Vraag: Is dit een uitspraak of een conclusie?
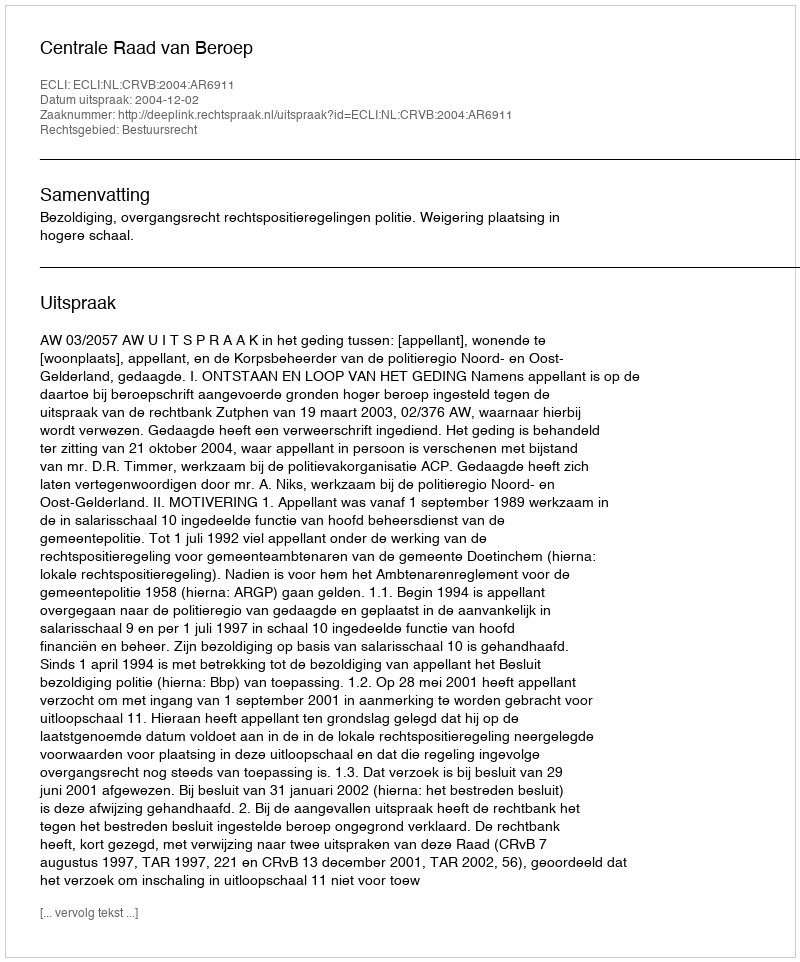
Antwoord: Uitspraak